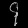
Digit: ၄